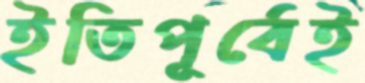
ইতিপূর্বেই